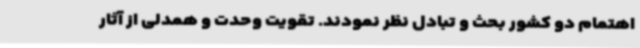
اهتمام دو کشور بحث و تبادل نظر نمودند. تقویت وحدت و همدلی از آثار